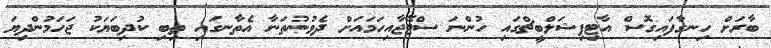
ބާރަށް ހިނގާފައިގޮސް އާޓިފިޝަލްބީޗްގައި ހުންނަ ސްޓޭޖާއިހަމައަށް ދެވުނުތަނާ އެތާނގައި ތިބި ކުދިބަޔަކު ޖަހަމުންދިޔަ